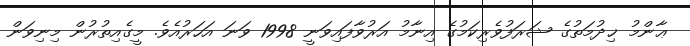
ޢާންމު ޚިދުމަތުގެ ޝަރަފުވެރިކަމުގެ އިނާމު އަރުވާފައިވަނީ 1998 ވަނަ އަހަރުއެވެ. މީގެއިތުރުން މިނިވަން